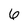
Character: 6